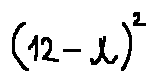
( 1 2 - x ) ^ { 2 }